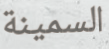
السمينة